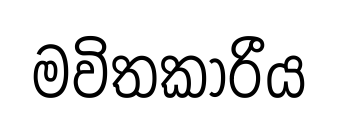
මවිතකාරීය